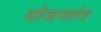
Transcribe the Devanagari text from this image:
योजनतंत्र